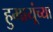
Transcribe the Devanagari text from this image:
हुमायूंच्या